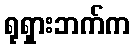
ရုရှားဘက်က